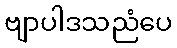
ဗျာပါဒသညံပေ